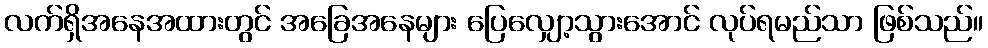
လက်ရှိအနေအထားတွင် အခြေအနေများ ပြေလျှော့သွားအောင် လုပ်ရမည်သာ ဖြစ်သည်။